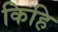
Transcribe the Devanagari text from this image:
किहि